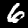
Label: 6